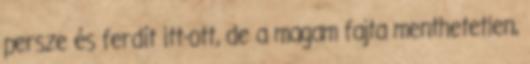
persze és ferdít itt-ott, de a magam fajta menthetetlen,